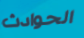
الحوادث